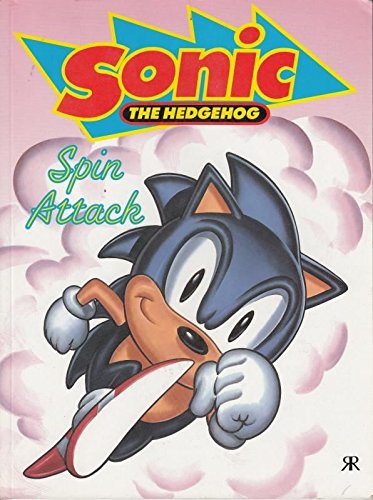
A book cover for Sonic the Hedgehog: Spin Attack No. 2; Alan McKenzie; Children's Books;